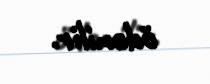
ödənilir.